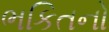
ભકિતનો